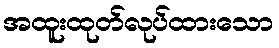
အထူးထုတ်လုပ်ထားသော